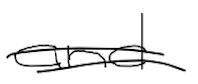
Text: and
Cross-out: double-line
Writing tool: digital_black